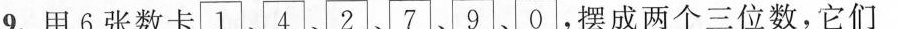
9.用6张数卡|1|、|4|、|2|、|7|、|9|、|0|，摆成两个三位数，它们